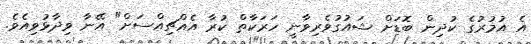
އެ އުމުރުގެ ކުދިން ބޮޑަށް ޝައުގުވެރިވާނީ ހަރަކާތް ކުރާ އެއްޗިއްސަށް" އޭނާ ވިދާޅުވިއެވެ.